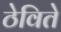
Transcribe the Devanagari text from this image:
ठेविते